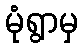
မုံရွာမှ